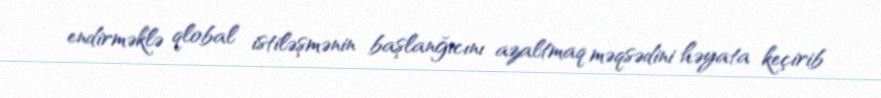
endirməklə qlobal istiləşmənin başlanğıcını azaltmaq məqsədini həyata keçirib